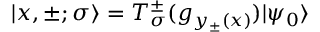
| x , \pm ; \sigma \rangle = T _ { \sigma } ^ { \pm } ( g _ { y _ { \pm } ( x ) } ) | \psi _ { 0 } \rangle